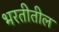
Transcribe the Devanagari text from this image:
भरतीतील